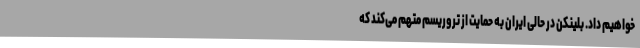
خواهیم داد. بلینکن در حالی ایران به حمایت از تروریسم متهم می‌کند که